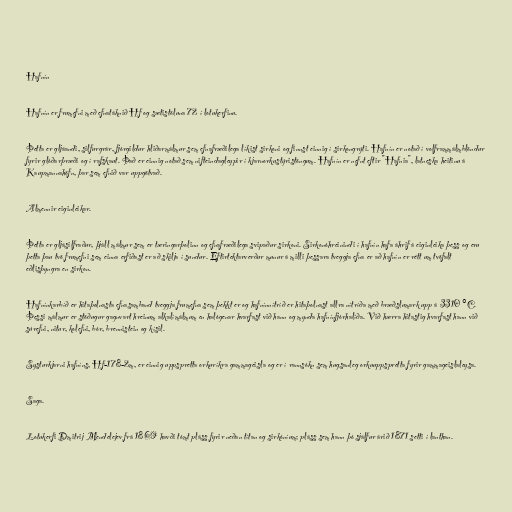
Hafnín

Hafnín er frumefni með efnatáknið Hf og sætistöluna 72 í lotukerfinu.

Þetta er gljáandi, silfurgrár, fjórgildur hliðarmálmur sem efnafræðilega líkist sirkoni og finnst einnig í sirkongrýti. Hafnín er notað í volframmálmblöndur
fyrir glóðarþræði og í rafskaut. Það er einnig notað sem nifteindagleypir í kjarnorkustýristöngum. Hafnín er nefnt eftir "Hafnia", latneska heitinu á
Kaupmannahöfn, þar sem efnið var uppgötvað.

Almennir eiginleikar.

Þetta er gljásilfraður, þjáll málmur sem er tæringarþolinn og efnafræðilega svipaður sirkoni. Sirkonóhreinindi í hafnín hafa áhrif á eiginleika þess og eru
þetta þau tvö frumefni sem einna erfiðast er að skilja í sundur. Eftirtektarverður munur á milli þessara tveggja efna er að hafnín er rétt um tvöfalt
eðlisþyngra en sirkon.

Hafnínkarbíð er hitaþolnasta efnasamband tveggja frumefna sem þekkt er og hafnínnítríð er hitaþolnast allra nítríða með bræðslumark upp á 3310 °C.
Þessi málmur er stöðugur gagnvart hreinum alkalímálmum en halógenar hvarfast við hann og mynda hafnínfjórhalíða. Við hærra hitastig hvarfast hann við
súrefni, nitur, kolefni, bór, brennistein og kísil.

Systurkjarni hafníns, Hf-178-2m, er einnig uppspretta orkuríkra gammageisla og er í rannsókn sem hugsanleg orkuuppspretta fyrir gammageislaleysa.

Saga.

Lotukerfi Dmitrij Mendelejev frá 1869 havði tómt pláss fyrir neðan títan og sirkóníum; pláss sem hann þó sjálfur árið 1871 setti í lanthan.